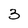
Character: 3